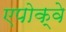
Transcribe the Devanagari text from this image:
एपोक्वे